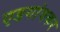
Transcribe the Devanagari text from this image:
एडगांवकर